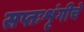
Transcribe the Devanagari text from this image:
सप्तःशृंगीचे